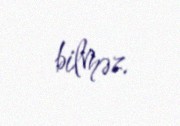
bilməz.